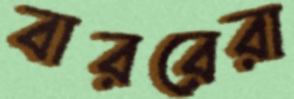
বাররেরা